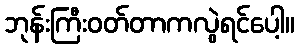
ဘုန်းကြီးဝတ်တာကလွဲရင်ပေါ့။